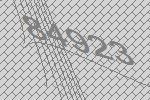
84923